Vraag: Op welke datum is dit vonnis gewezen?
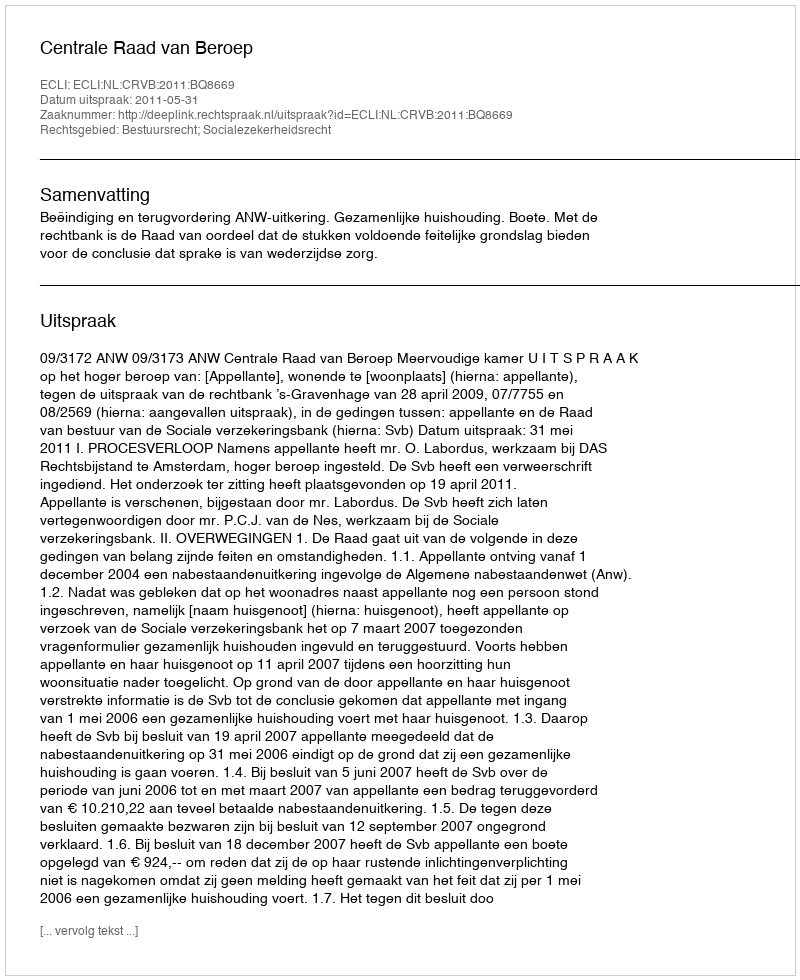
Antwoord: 2011-05-31